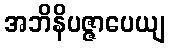
အဘိနိပဇ္ဇာပေယျ